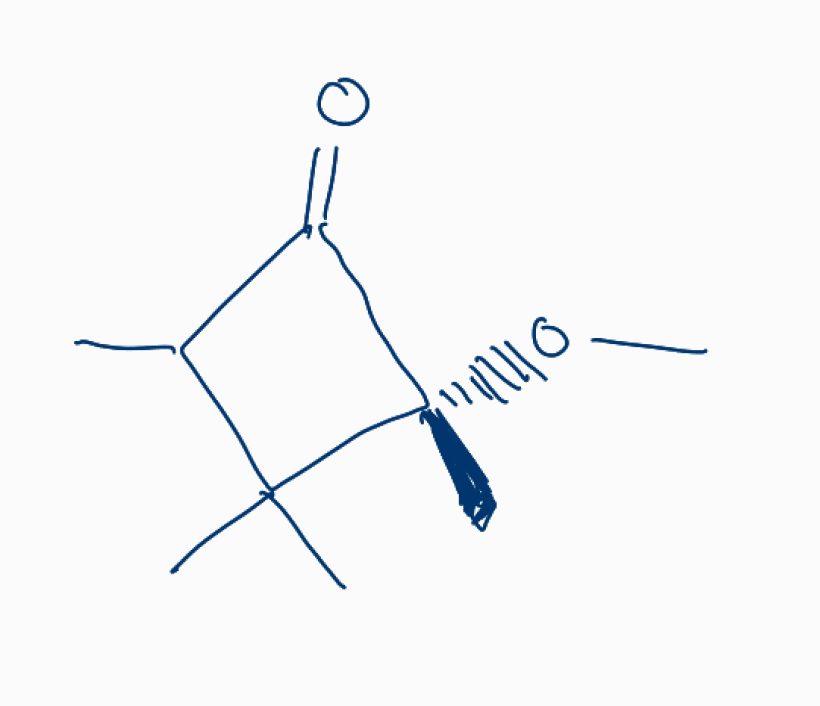
Simplified molecular-input line-entry system (SMILES) notation of the given molecule:
CC1C(=O)[C@](C1(C)C)(C)OC